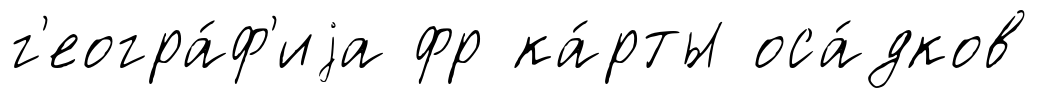
г'еогра́ф'иjа фр ка́рты оса́дков